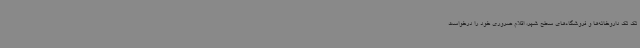
تک تک داروخانه‌ها و فروشگاه‌های سطح شهر، اقلام ضروری خود را درخواست